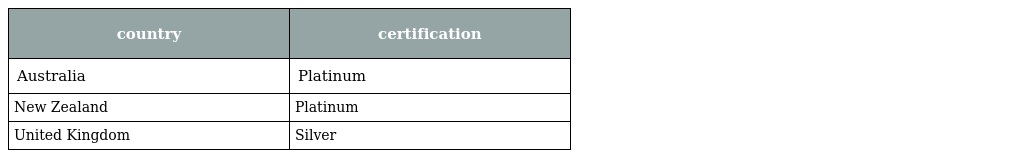
| country | certification |
 | --- | --- |
 | Australia | Platinum |
 | New Zealand | Platinum |
 | United Kingdom | Silver |